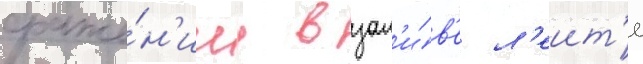
сраже́н'ии в зал'и́в'е л'еит'е